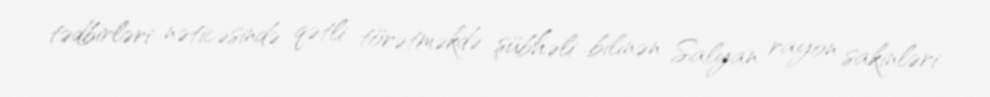
tədbirləri nəticəsində qətli törətməkdə şübhəli bilinən Salyan rayon sakinləri